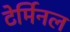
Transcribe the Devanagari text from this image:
टेर्मिनल